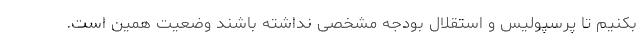
بکنیم تا پرسپولیس و استقلال بودجه مشخصی نداشته باشند وضعیت همین است.